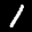
Label: 1